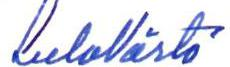
Sulo Värtö